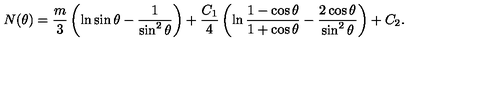
N ( \theta ) = \frac { m } 3 \left( \ln \sin \theta - \frac 1 { \sin ^ { 2 } \theta } \right) + \frac { C _ { 1 } } 4 \left( \ln \frac { 1 - \cos \theta } { 1 + \cos \theta } - \frac { 2 \cos \theta } { \sin ^ { 2 } \theta } \right) + C _ { 2 } .